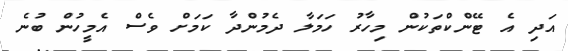
އަދި އެ ޓޭންކްތަކުން މިހާރު ހަމަލާ ދެމުންދާ ކަމަށް ވެސް އެމީހުން ބުނެ